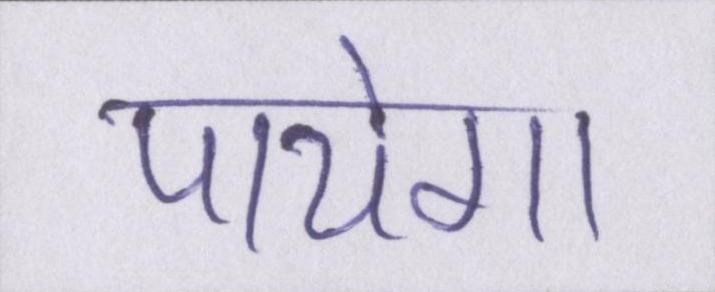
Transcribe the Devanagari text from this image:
पायेगा